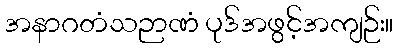
အနာဂတံသဉာဏံ ပုဒ်အဖွင့်အကျဉ်း။